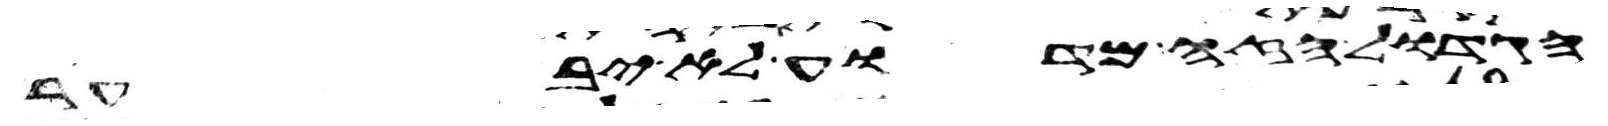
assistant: הגדול הזה מדוע לא יבער